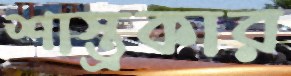
শাস্ত্রকার